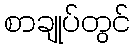
စာချုပ်တွင်